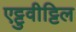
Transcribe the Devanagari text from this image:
एट्टुवीट्टिल